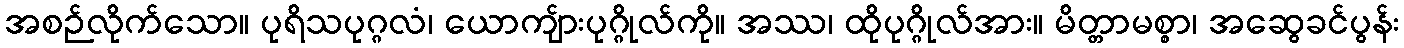
အစဉ်လိုက်သော။ ပုရိသပုဂ္ဂလံ၊ ယောကျ်ားပုဂ္ဂိုလ်ကို။ အဿ၊ ထိုပုဂ္ဂိုလ်အား။ မိတ္တာမစ္စာ၊ အဆွေခင်ပွန်း